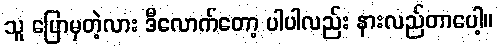
သူ ပြောမှတဲ့လား ဒီလောက်တော့ ပါပါလည်း နားလည်တာပေါ့။